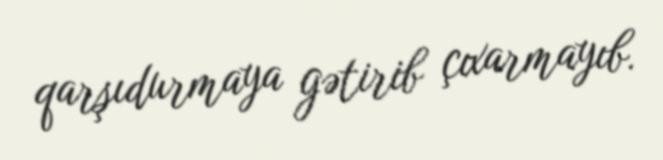
qarşıdurmaya gətirib çıxarmayıb.